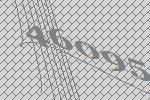
46095